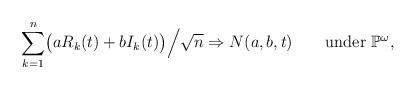
LaTeX: \begin{align*}\sum_{k=1}^{n} \bigl(aR_{k}(t)+bI_{k}(t)\bigr)\Big/\sqrt{n}\Rightarrow N(a,b,t)\qquad\mbox{under }\mathbb{P}^{\omega},\end{align*}